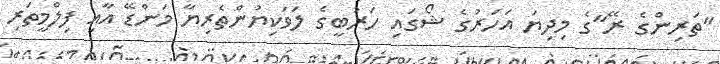
"ތަރިންގެ ރޭ"ގެ މިދިޔަ އަހަރުގެ ޝޯގައި ހަރުބީގެ ލަވަކިޔުންތެރިޔާ މަންޑޭ އާއި ފިލްމީތަރި